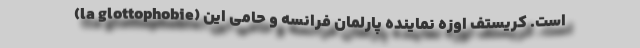
(la glottophobie) است. کریستف اوزه نماینده پارلمان فرانسه و حامی این